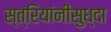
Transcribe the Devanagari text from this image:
स्त्रियांनीसुध्दा